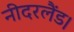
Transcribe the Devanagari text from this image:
नीदरलैंड।